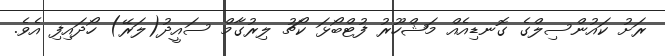
ރަށު ކައުންސިލްގެ ގޮނޑިއެއް މަޝްހޫރު ފުޓްބޯޅަ ކޯޗު ލިރުގާމް ސައީދު(ލަރޭ) ހޯދައިފި އެވެ.